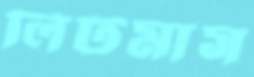
লিটমাস